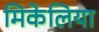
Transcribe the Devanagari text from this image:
मिकेलिया